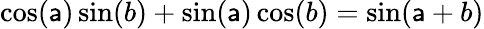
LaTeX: \cos(\mathsf{a})\sin(b)+\sin(\mathsf{a})\cos(b)=\sin(\mathsf{a}+b)